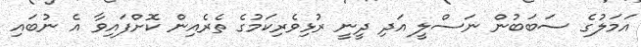
އަމަލުގެ ސަބަބުން ނަސްލީ އަދި ދީނީ ރުޅިވެރިކަމުގެ ތެރެއިން ކޮށްފައިވާ އެ ނުބައި